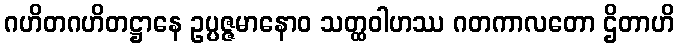
ဂဟိတဂဟိတဋ္ဌာနေ ဥပ္ပဇ္ဇမာနောဝ သတ္ထဝါဟဿ ဂတကာလတော ဌိတာဟိ